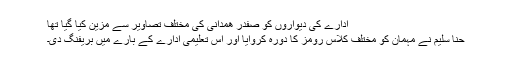
ادارے کی دیواروں کو صفدر ھمدانی کی مختلف تصاویر سے مزین کیا گیا تھا
حنا سلیم نے مہمان کو مختلف کلاس رومز کا دورہ کروایا اور اس تعلیمی ادارے کے بارے میں بریفنگ دی۔